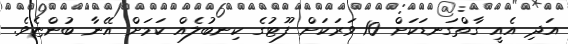
އަދި އެއީ ގާތްގަނޑަކަށް 10 ވަރަކަށް ފޫޓުގެ ކިނބުލެއް ކަމަށް އޭނާ ބުންޏެވެ.